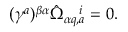
( \gamma ^ { a } ) ^ { \beta \alpha } \hat { \Omega } _ { \alpha q , a } ^ { ~ ~ ~ i } = 0 .